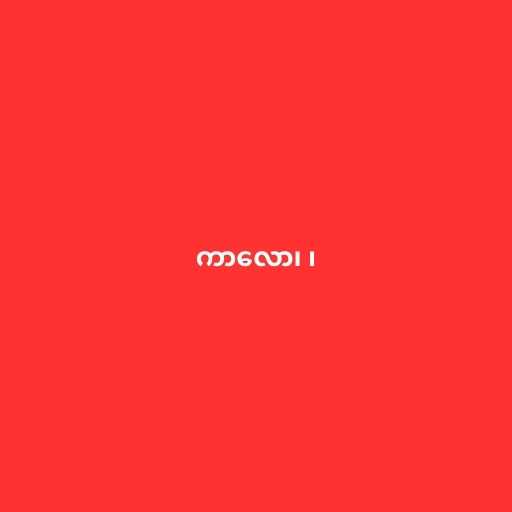
ကာလော၊ ၊